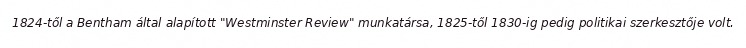
1824-től a Bentham által alapított "Westminster Review" munkatársa, 1825-től 1830-ig pedig politikai szerkesztője volt.